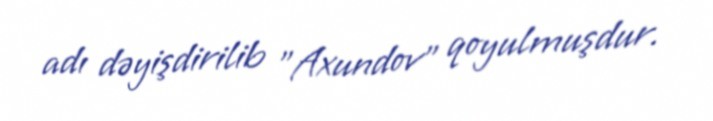
adı dəyişdirilib "Axundov" qoyulmuşdur.